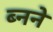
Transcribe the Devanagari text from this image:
ब्नने